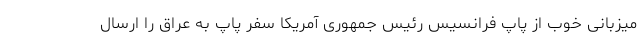
میزبانی خوب از پاپ فرانسیس رئیس جمهوری آمریکا سفر پاپ به عراق را ارسال